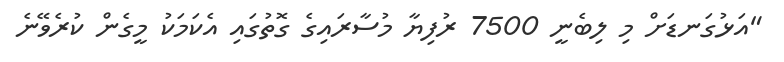
"އަޅުގަނޑަށް މި ލިބެނީ 7500 ރުފިޔާ މުސާރައިގެ ގޮތުގައި އެކަމަކު މީގެން ކުރެވޭނެ